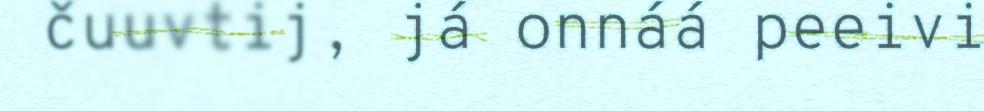
čuuvtij, já onnáá peeivi